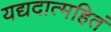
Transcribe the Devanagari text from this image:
यद्यदात्महितं